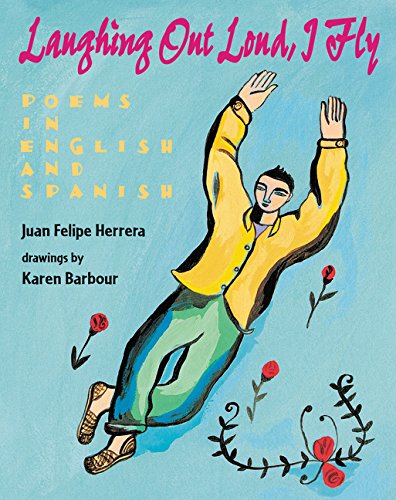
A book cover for Laughing Out Loud, I Fly: Poems in English and Spanish; Juan Felipe Herrera; Teen & Young Adult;